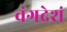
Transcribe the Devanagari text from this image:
वंगदेशं